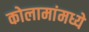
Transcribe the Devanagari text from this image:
कोलामांमध्ये